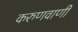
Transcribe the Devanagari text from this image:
करुणवाणी